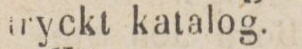
tryckt katalog.